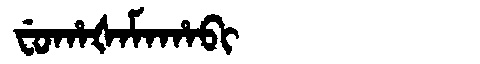
Manchu: ᠸᡠᡥᠠᡧᠠᠮᠠᡥᠠᠪᡳ
Romanization: FUHAŠAMAHABI